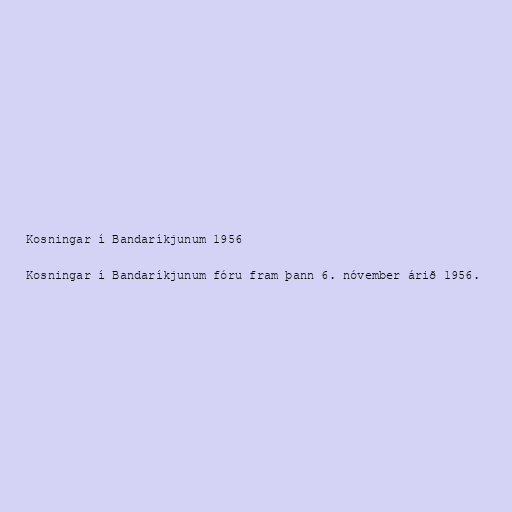
Kosningar í Bandaríkjunum 1956

Kosningar í Bandaríkjunum fóru fram þann 6. nóvember árið 1956.